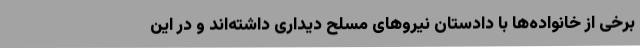
برخی از خانواده‌ها با دادستان نیروهای مسلح دیداری داشته‌اند و در این